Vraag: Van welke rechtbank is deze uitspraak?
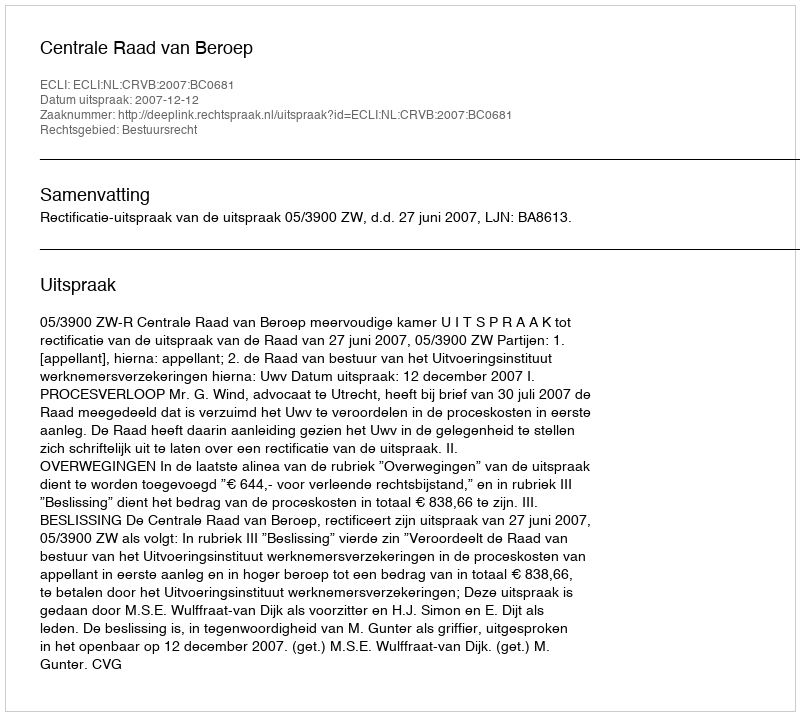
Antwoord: Centrale Raad van Beroep